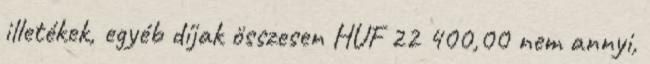
illetékek, egyéb díjak összesen HUF 22 400,00 nem annyi,